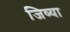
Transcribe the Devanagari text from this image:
जिव्या